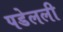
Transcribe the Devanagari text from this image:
पडेलली